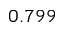
0 . 7 9 9